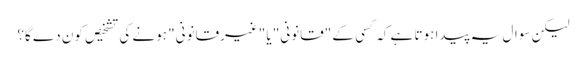
لیکن سوال یہ پیدا ہوتا ہے کہ کسی کے "قانونی" یا "غیرقانونی" ہونے کی تشخیص کون دے گا؟